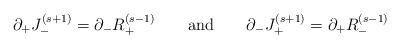
LaTeX: \begin{align*}\partial_+J_-^{(s+1)}=\partial_-R_+^{(s-1)} \qquad {\rm{and}} \qquad \partial_-J_+^{(s+1)}=\partial_+R_-^{(s-1)}\end{align*}